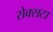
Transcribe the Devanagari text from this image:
सेक्सटा